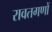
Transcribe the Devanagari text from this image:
रावतगणों